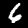
Digit: 6